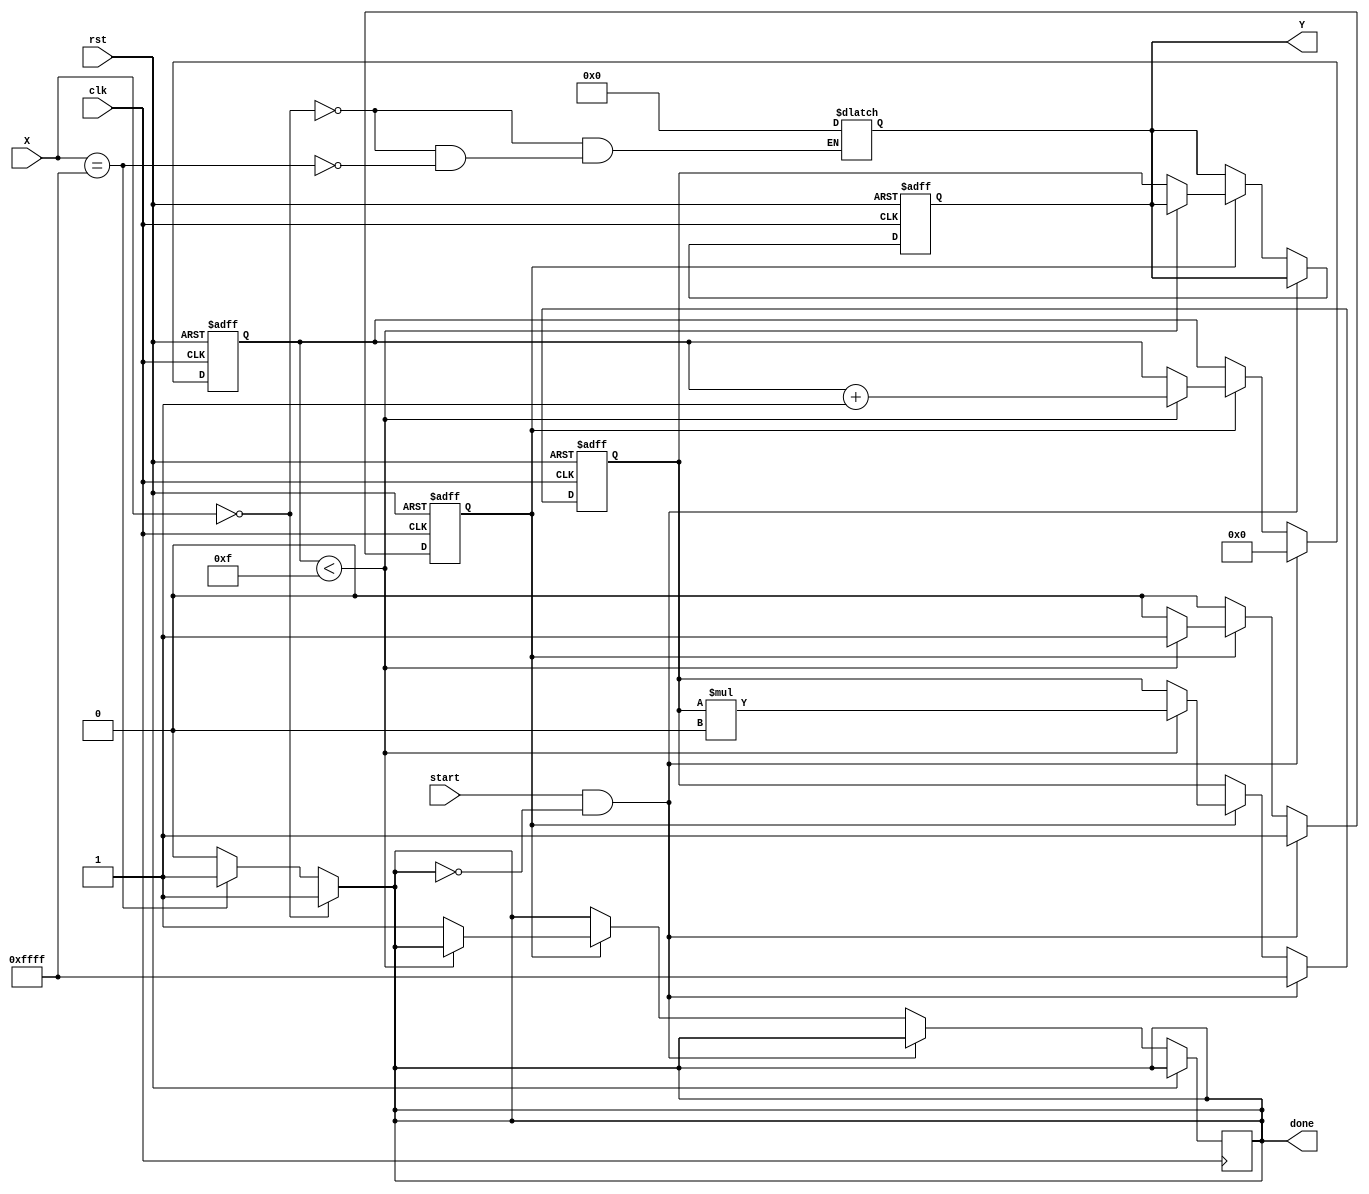
module DirectReciprocalUnit (
    input wire clk,
    input wire rst,
    input wire start,
    input wire [15:0] X,       // Input value (fixed-point)
    output reg [15:0] Y,       // Reciprocal output (fixed-point)
    output reg done            // Done signal
);

    reg [15:0] approx;         // Approximation for the reciprocal
    reg [3:0] iteration;       // Iteration counter
    reg busy;                  // Busy flag

    // Special case handling
    always @(*) begin
        if (X == 16'b0) begin
            Y = 16'b0;           // Reciprocal of zero is undefined, return zero
            done = 1'b1;
        end else if (X == 16'hFFFF) begin
            Y = 16'h0000;        // Assuming X represents infinity (max value), return zero
            done = 1'b1;
        end else begin
            done = 1'b0;
        end
    end

    // Main computation logic
    always @(posedge clk or posedge rst) begin
        if (rst) begin
            Y <= 16'b0;
            approx <= 16'hFFFF;  // Initial approximation (1.0 in fixed-point)
            iteration <= 4'b0;
            busy <= 1'b0;
        end else if (start && !done) begin
            busy <= 1'b1;
            iteration <= 4'b0;
            approx <= 16'hFFFF;  // Reset approximation at start
        end else if (busy) begin
            if (iteration < 4'b1111) begin
                // Newton-Raphson iteration: x(n+1) = x(n) * (2 - X * x(n))
                approx <= approx * (16'h0002 - (X * approx) >> 16); // Approximation computation
                iteration <= iteration + 1;
            end else begin
                Y <= approx; // Final output
                done <= 1'b1; // Set done signal
                busy <= 1'b0; // Reset busy flag
            end
        end
    end

endmodule